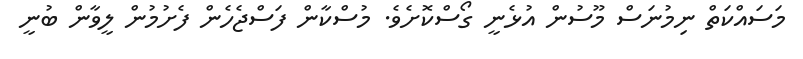
މަސައްކަތް ނިމުނަސް މޫސުން އުޅެނީ ގޯސްކޮށެވެ. މުސްކާން ފަސްޖެހެން ފެށުމުން ލީވާން ބުނީ